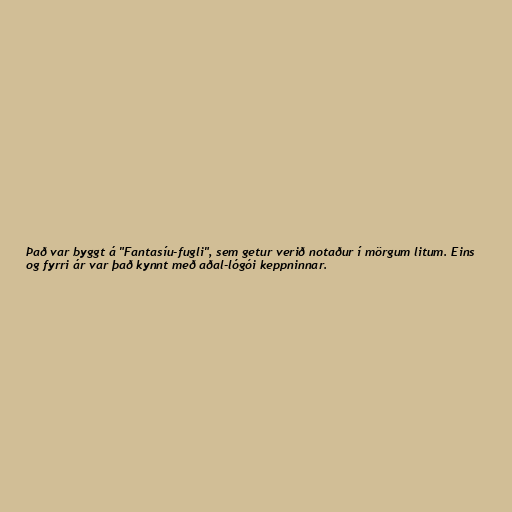
Það var byggt á "Fantasíu-fugli", sem getur verið notaður í mörgum litum. Eins
og fyrri ár var það kynnt með aðal-lógói keppninnar.